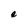
Character: e